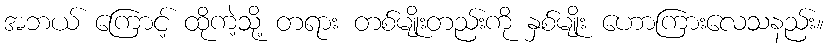
အဘယ် ကြောင့် ထိုကဲ့သို့ တရား တစ်မျိုးတည်းကို နှစ်မျိုး ဟောကြားလေသနည်း။